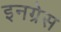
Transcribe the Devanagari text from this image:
इनग्रेस